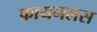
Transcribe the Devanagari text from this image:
फायनलस